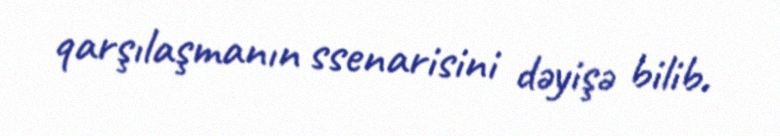
qarşılaşmanın ssenarisini dəyişə bilib.